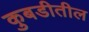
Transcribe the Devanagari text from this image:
कुबडीतील